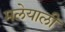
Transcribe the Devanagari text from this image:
मलेयाली